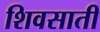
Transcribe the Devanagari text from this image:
शिवसाती